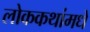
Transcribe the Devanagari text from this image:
लोककथांमधे